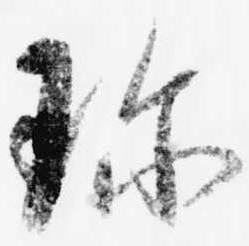
珍